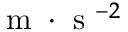
\mathrm { ~ m ~ } \cdot \mathrm { ~ s ~ } ^ { - 2 }